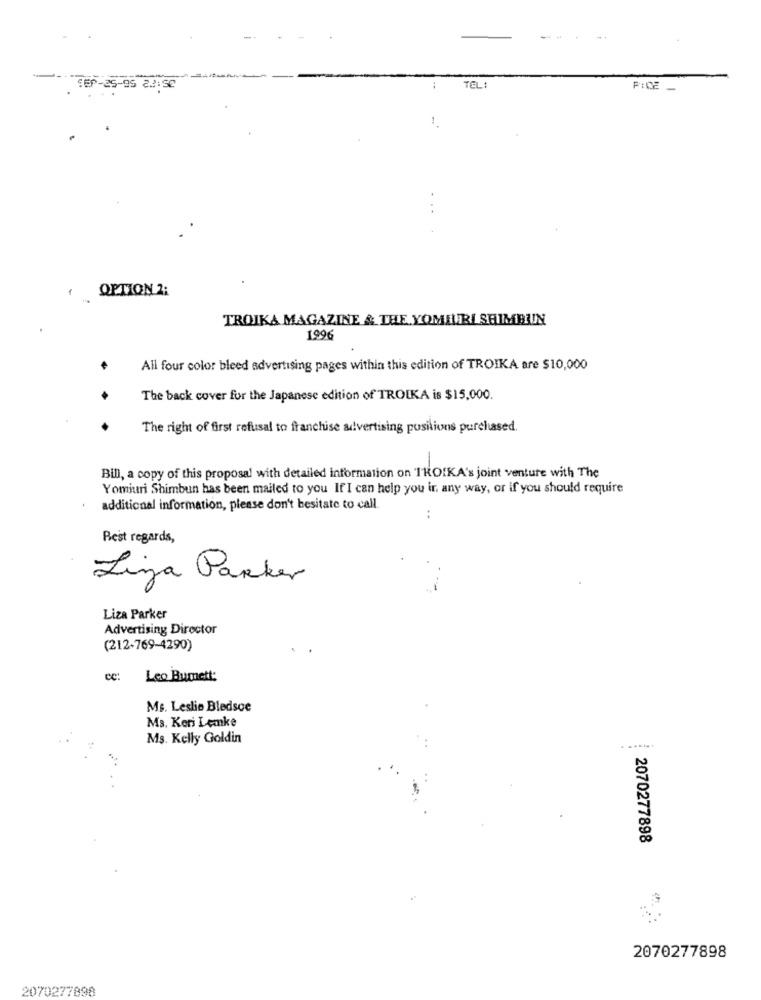
--
SEP-25-95 222:52
TEL:
OPTION 2:
TROJKA MAGAZINE & THE YOMIURI SHIMBUN
1996
All four color bleed advertising pages within this edition of TROIKA are $10,000
The back cover for the Japanese edition of TROIKA is $15,000.
The right of first refusal to franchise advertising positions purchased.
Bill, a copy of this proposal with detailed information on TROIKA's joint venture with The
Yomiuri Shimbun has been mailed to you If I can help you ir, any way, or if you should require
additional information, please don't hesitate to call
..
Best regards,
Liza Parker
Liza Parker
Advertising Director
(212-769-4290)
cc:
Leo Bumett:
Ms. Leslie Bledsoe
Ms. Keri Lemke
Ms. Kelly Goldin
. ......
2070277898
2070277898
2070277898